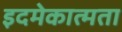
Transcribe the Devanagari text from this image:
इदमेकात्मता